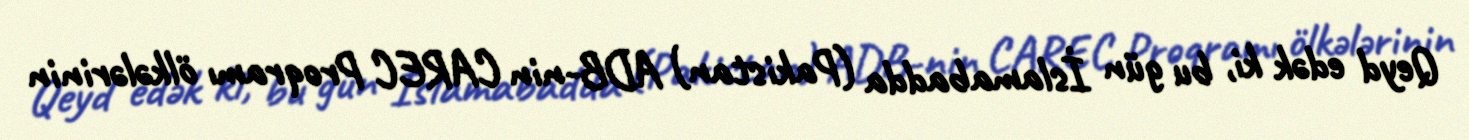
Qeyd edək ki, bu gün İslamabadda (Pakistan) ADB-nin CAREC Proqramı ölkələrinin